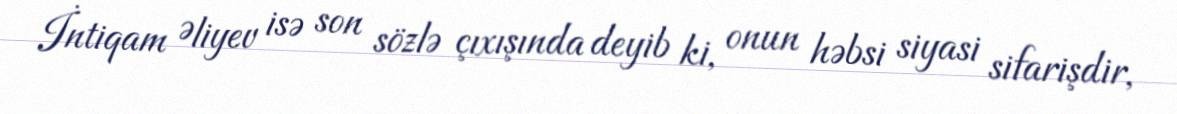
İntiqam Əliyev isə son sözlə çıxışında deyib ki, onun həbsi siyasi sifarişdir,